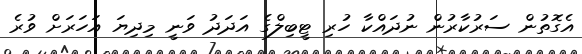
އެގޮތުން ސަރުކާރުން ނުދައްކާ ހުރި ޓީބިލްގެ އަދަދު ވަނީ މިދިޔަ އަހަރަށް ވުރެ